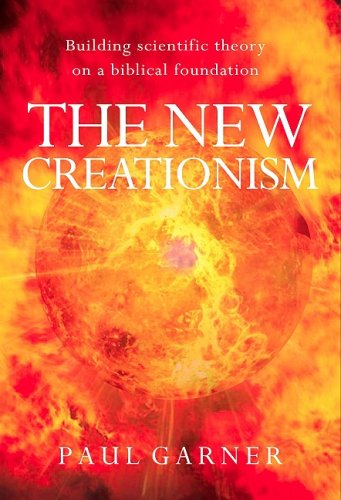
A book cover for The New Creationism: Building Scientific Theory on a Biblical Foundation; Paul Garner; Christian Books & Bibles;